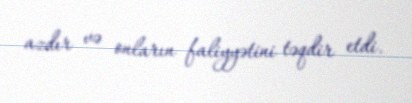
azdır və onların faliyyətini təqdir etdi.